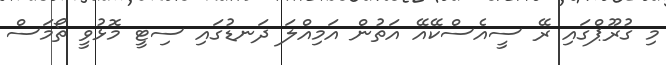
މި ގުރޫޕްގައި ރޭ ސީއެސްކޭއޭ އަތުން އަމިއްލަ ދަނޑުގައި ސިޓީ މޮޅުވީ ތޯމަސް